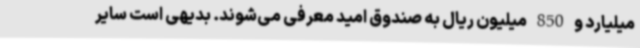
میلیارد و 850 میلیون ریال به صندوق امید معرفی می‌شوند. بدیهی است سایر